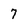
Character: 7